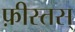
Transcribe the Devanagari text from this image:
फ़ीस्तस्